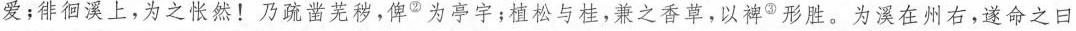
爱；徘徊溪上，为之怅然！乃疏凿芜秽，俾^{②}为亭宇；植松与桂，兼之香草，以神^{③}形胜。为溪在州右，遂命之曰